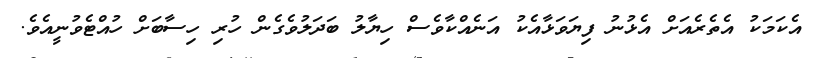
އެކަމަކު އެތެރެއަށް އެޅުނު ފިޔަވަޅާއެކު އަނެއްކާވެސް ހިޔާލު ބަދަލުވެގެން ހުރި ހިސާބަށް ހުއްޓެވުނީއެވެ.